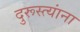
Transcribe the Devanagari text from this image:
दुरूस्त्यांना